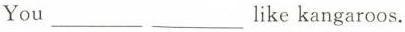
You ___ ___ like kangaroos.